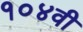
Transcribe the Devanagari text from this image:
१०४वी